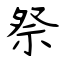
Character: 祭